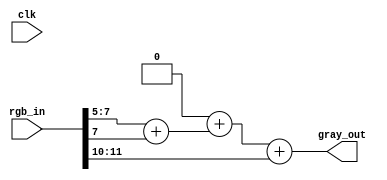
module grayScale(clk, rgb_in, gray_out);
	//computes the grayscale image
input clk;

input [11:0] rgb_in;
output reg [3:0] gray_out;

wire [3:0]  R, G, B;

assign R = rgb_in[11:8];
assign G = rgb_in[7:4];
assign B = rgb_in[3:0];


reg [3:0] blue, green, red;
//Y(addr) = ( (0.3 * R) + (0.59 * G) + (0.11 * B) ).
//.3R ~ R>> 2 (.5 R) -> Y_r = .25R 
//.59G ~ G >> 1 (.5 G) + G >> 3 (.125) G 
//.11B ~ B >> 3

/// combinational logic that is fed input from the ROM and outputs to the RAM 
always @(*) begin

	red <= R >> 2;  //.25
	green <= ((G >> 1) + (G >> 3)); //.5 + .125
	blue <=  B >> 5; // .12
	//gray_out <= (R + B + G) / 3'd3;
	gray_out <= blue + green + red;
end


endmodule